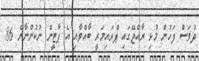
ދުވަސް ފަހުން މުޅި ރާއްޖޭގައި ޕްރައިމަރީ ބާއްވާއި އެ ޕާޓީން ނުކުންނާނެ 86